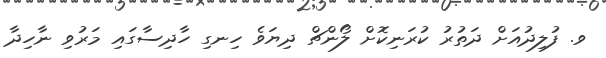
ވ. ފުލިދުއަށް ދަތުރު ކުރަނިކޮށް ލޯންޗް ދިޔަވެ ހިނގި ހާދިސާގައި މަރުވި ނާހިދާ